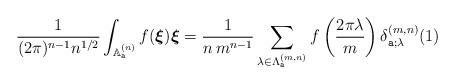
LaTeX: \begin{align*}\frac{1}{(2\pi )^{n-1} n^{1/2}} \int_{\mathbb{A}^{(n)}_{\texttt{a}}} f(\boldsymbol{\xi}) \boldsymbol{\xi} =\frac{1}{n \, m^{n-1}}\sum_{\lambda\in\Lambda^{(m,n)}_{\texttt{a}}} f \left(\frac{2\pi \lambda}{m} \right) \delta^{(m,n)}_{\texttt{a};\lambda} (1)\end{align*}